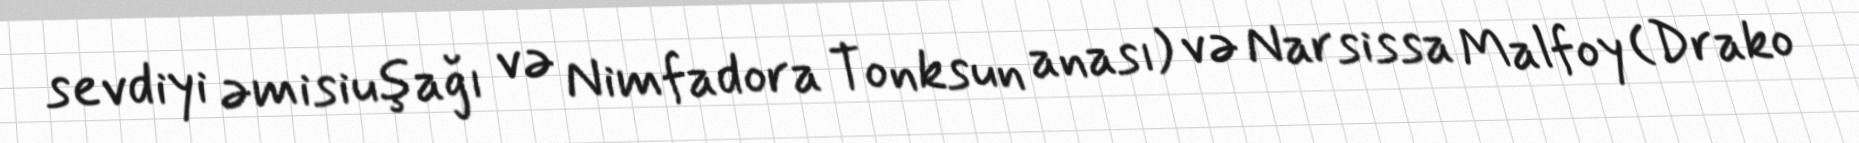
sevdiyi əmisiuşağı və Nimfadora Tonksun anası) və Narsissa Malfoy (Drako